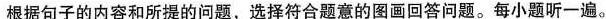
根据句子的内容和所提的问题,选择符合题意的图画回答问题。每小题听一遍。